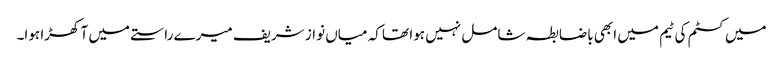
میں کسٹم کی ٹیم میں ابھی باضابطہ شامل نہیں ہوا تھا کہ میاں نواز شریف میرے راستے میں آ کھڑا ہوا۔